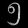
Digit: ၅